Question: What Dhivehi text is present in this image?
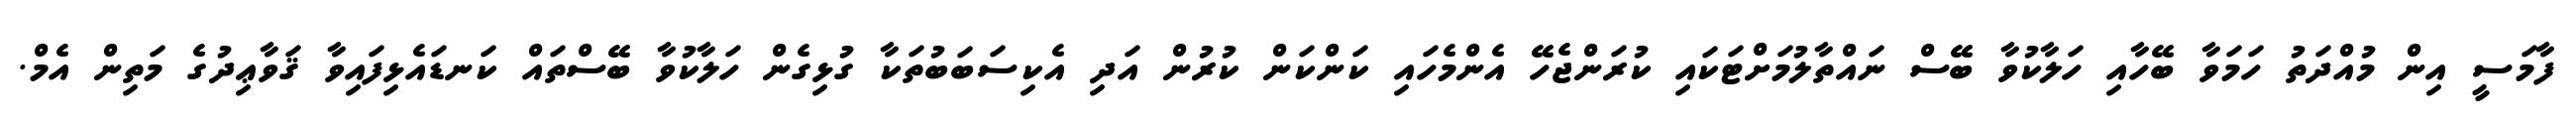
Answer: ފާމަސީ އިން މުއްދަތު ހަމަވާ ބޭހާއި ހަލާކުވާ ބޭސް ނައްތާލުމަށްޓަކައި ކުރަންޖެހޭ އެންމެހައި ކަންކަން ކުރުން އަދި އެކިސަބަބުތަކާ ގުޅިގެން ހަލާކުވާ ބޭސްތައް ކަނޑައެޅިފައިވާ ޤަވާޢިދުގެ މަތިން އެމް.